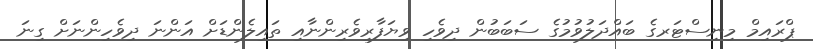
ޕްރައިމް މިނިސްޓަރގެ ބައްދަލުވުމުގެ ސަބަބުން ދިވެހި ވިޔަފާރިވެރިންނާއި ތައިލެންޑަށް އަންނަ ދިވެހިންނަށް ގިނަ